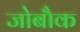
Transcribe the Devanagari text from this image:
जोबौक